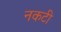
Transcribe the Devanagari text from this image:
नकटी